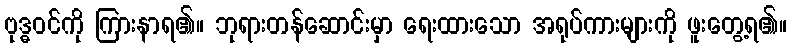
ဗုဒ္ဓဝင်ကို ကြားနာရ၏။ ဘုရားတန်ဆောင်းမှာ ရေးထားသော အရုပ်ကားများကို ဖူးတွေ့ရ၏။